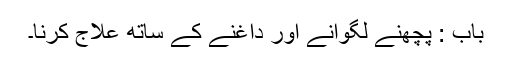
باب : پچھنے لگوانے اور داغنے کے ساتھ علاج کرنا۔